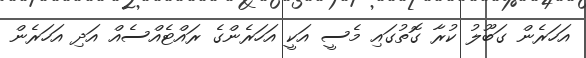
އަހަރެން ގަބޫލު ކުރާ ގޮތުގައި މެސީ އަކީ އަހަރެންގެ ރައްޓެއްސެއް އަދި އަހަރެން